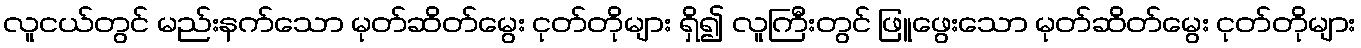
လူငယ်တွင် မည်းနက်သော မုတ်ဆိတ်မွေး ငုတ်တိုများ ရှိ၍ လူကြီးတွင် ဖြူဖွေးသော မုတ်ဆိတ်မွေး ငုတ်တိုများ